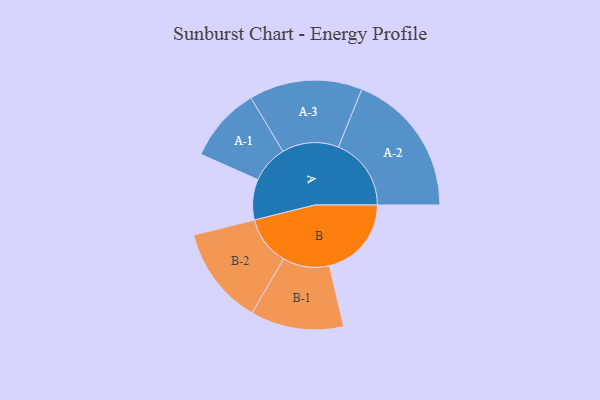
{"axis": {"x": "Segment", "y": "Value"}, "legend": ["", "A", "B"], "data": [{"x": "A", "y": 166, "type": ""}, {"x": "B", "y": 336, "type": ""}, {"x": "A-1", "y": 154, "type": "A"}, {"x": "A-2", "y": 298, "type": "A"}, {"x": "A-3", "y": 232, "type": "A"}, {"x": "B-1", "y": 191, "type": "B"}, {"x": "B-2", "y": 201, "type": "B"}]}